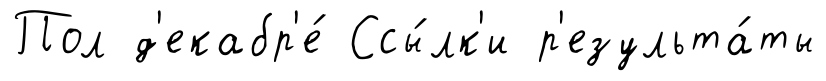
Пол д'екабр'е́ Ссы́лк'и р'езульта́ты